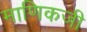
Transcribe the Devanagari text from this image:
माणिकजी